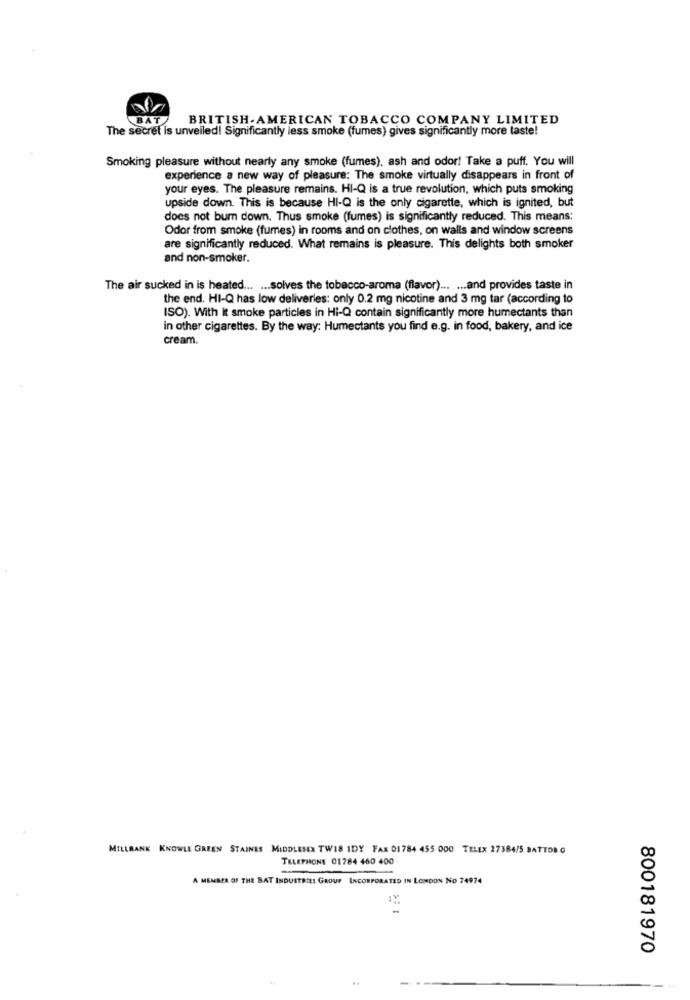
BAT
BRITISH-AMERICAN TOBACCO COMPANY LIMITED
The secret is unveiled! Significantly less smoke (fumes) gives significantly more taste!
Smoking pleasure without nearly any smoke (fumes), ash and odor! Take a puff. You will
experience a new way of pleasure: The smoke virtually disappears in front of
your eyes. The pleasure remains. HI-Q is a true revolution, which puts smoking
upside down. This is because HI-Q is the only cigarette, which is ignited, but
does not burn down. Thus smoke (fumes) is significantly reduced. This means:
Odor from smoke (fumes) in rooms and on clothes, on walls and window screens
are significantly reduced. What remains is pleasure. This delights both smoker
and non-smoker.
The air sucked in is heated ... ... solves the tobacco-aroma (flavor) ... ... and provides taste in
the end. HI-Q has low deliveries: only 0.2 mg nicotine and 3 mg tar (according to
ISO). With it smoke particles in Hi-Q contain significantly more humectants than
in other cigarettes. By the way: Humectants you find e.g. in food, bakery, and ice
cream.
MILLBANK KNOWLE GREEN STAINES MIDDLESEX TW18 IDY FAX 01784 455 000 TELEX 27364/5 BATTOB G
TELEPHONE 01784 460 400
A MEMBER OF THE BAT INDUSTRIES GROUP INCORPORATED IN LONDON NO 74974
800181970